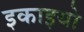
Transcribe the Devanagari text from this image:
इकाइयो